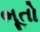
ભૂતો